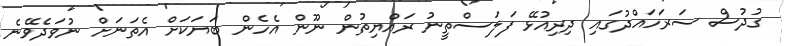
ގުދުސް ސަރަހައްދުގައި ދިރިއުޅޭ ފަލަސްތީނު ރައްޔިތުން ނޫން އެހެން ބަޔަކަށް އެތަނަށް ނުވަދެވޭނެ